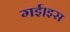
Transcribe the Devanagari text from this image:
गई।इस